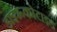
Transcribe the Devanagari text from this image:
डाइरूकोटाइड